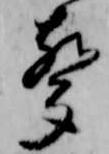
声